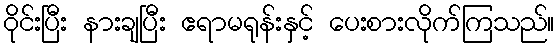
ဝိုင်းပြီး နားချပြီး ဧရာမရုန်းနှင့် ပေးစားလိုက်ကြသည်။